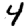
Digit: 4